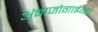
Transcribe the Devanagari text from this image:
अंबाजोगाईयेथे